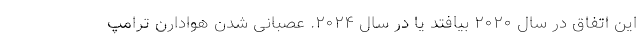
این اتفاق در سال ۲۰۲۰ بیافتد یا در سال ۲۰۲۴. عصبانی شدن هوادارن ترامپ